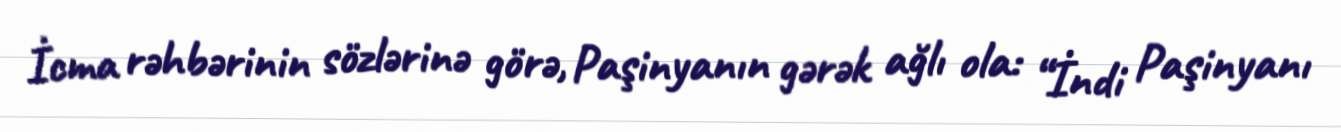
İcma rəhbərinin sözlərinə görə, Paşinyanın gərək ağlı ola: “İndi Paşinyanı